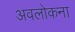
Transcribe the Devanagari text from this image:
अवलोकना